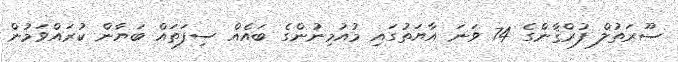
ސޫރަތުލް ފުރްޤާންގެ 74 ވަނަ އާޔަތުގައި މުއުމިނުންގެ ބައެއް ސިފަތައް ބަޔާން ކުރައްވަމުން